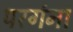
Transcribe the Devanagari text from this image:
परगंना